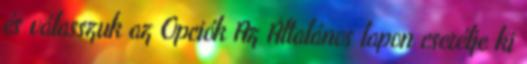
és válasszuk az Opciók Az Általános lapon cserélje ki